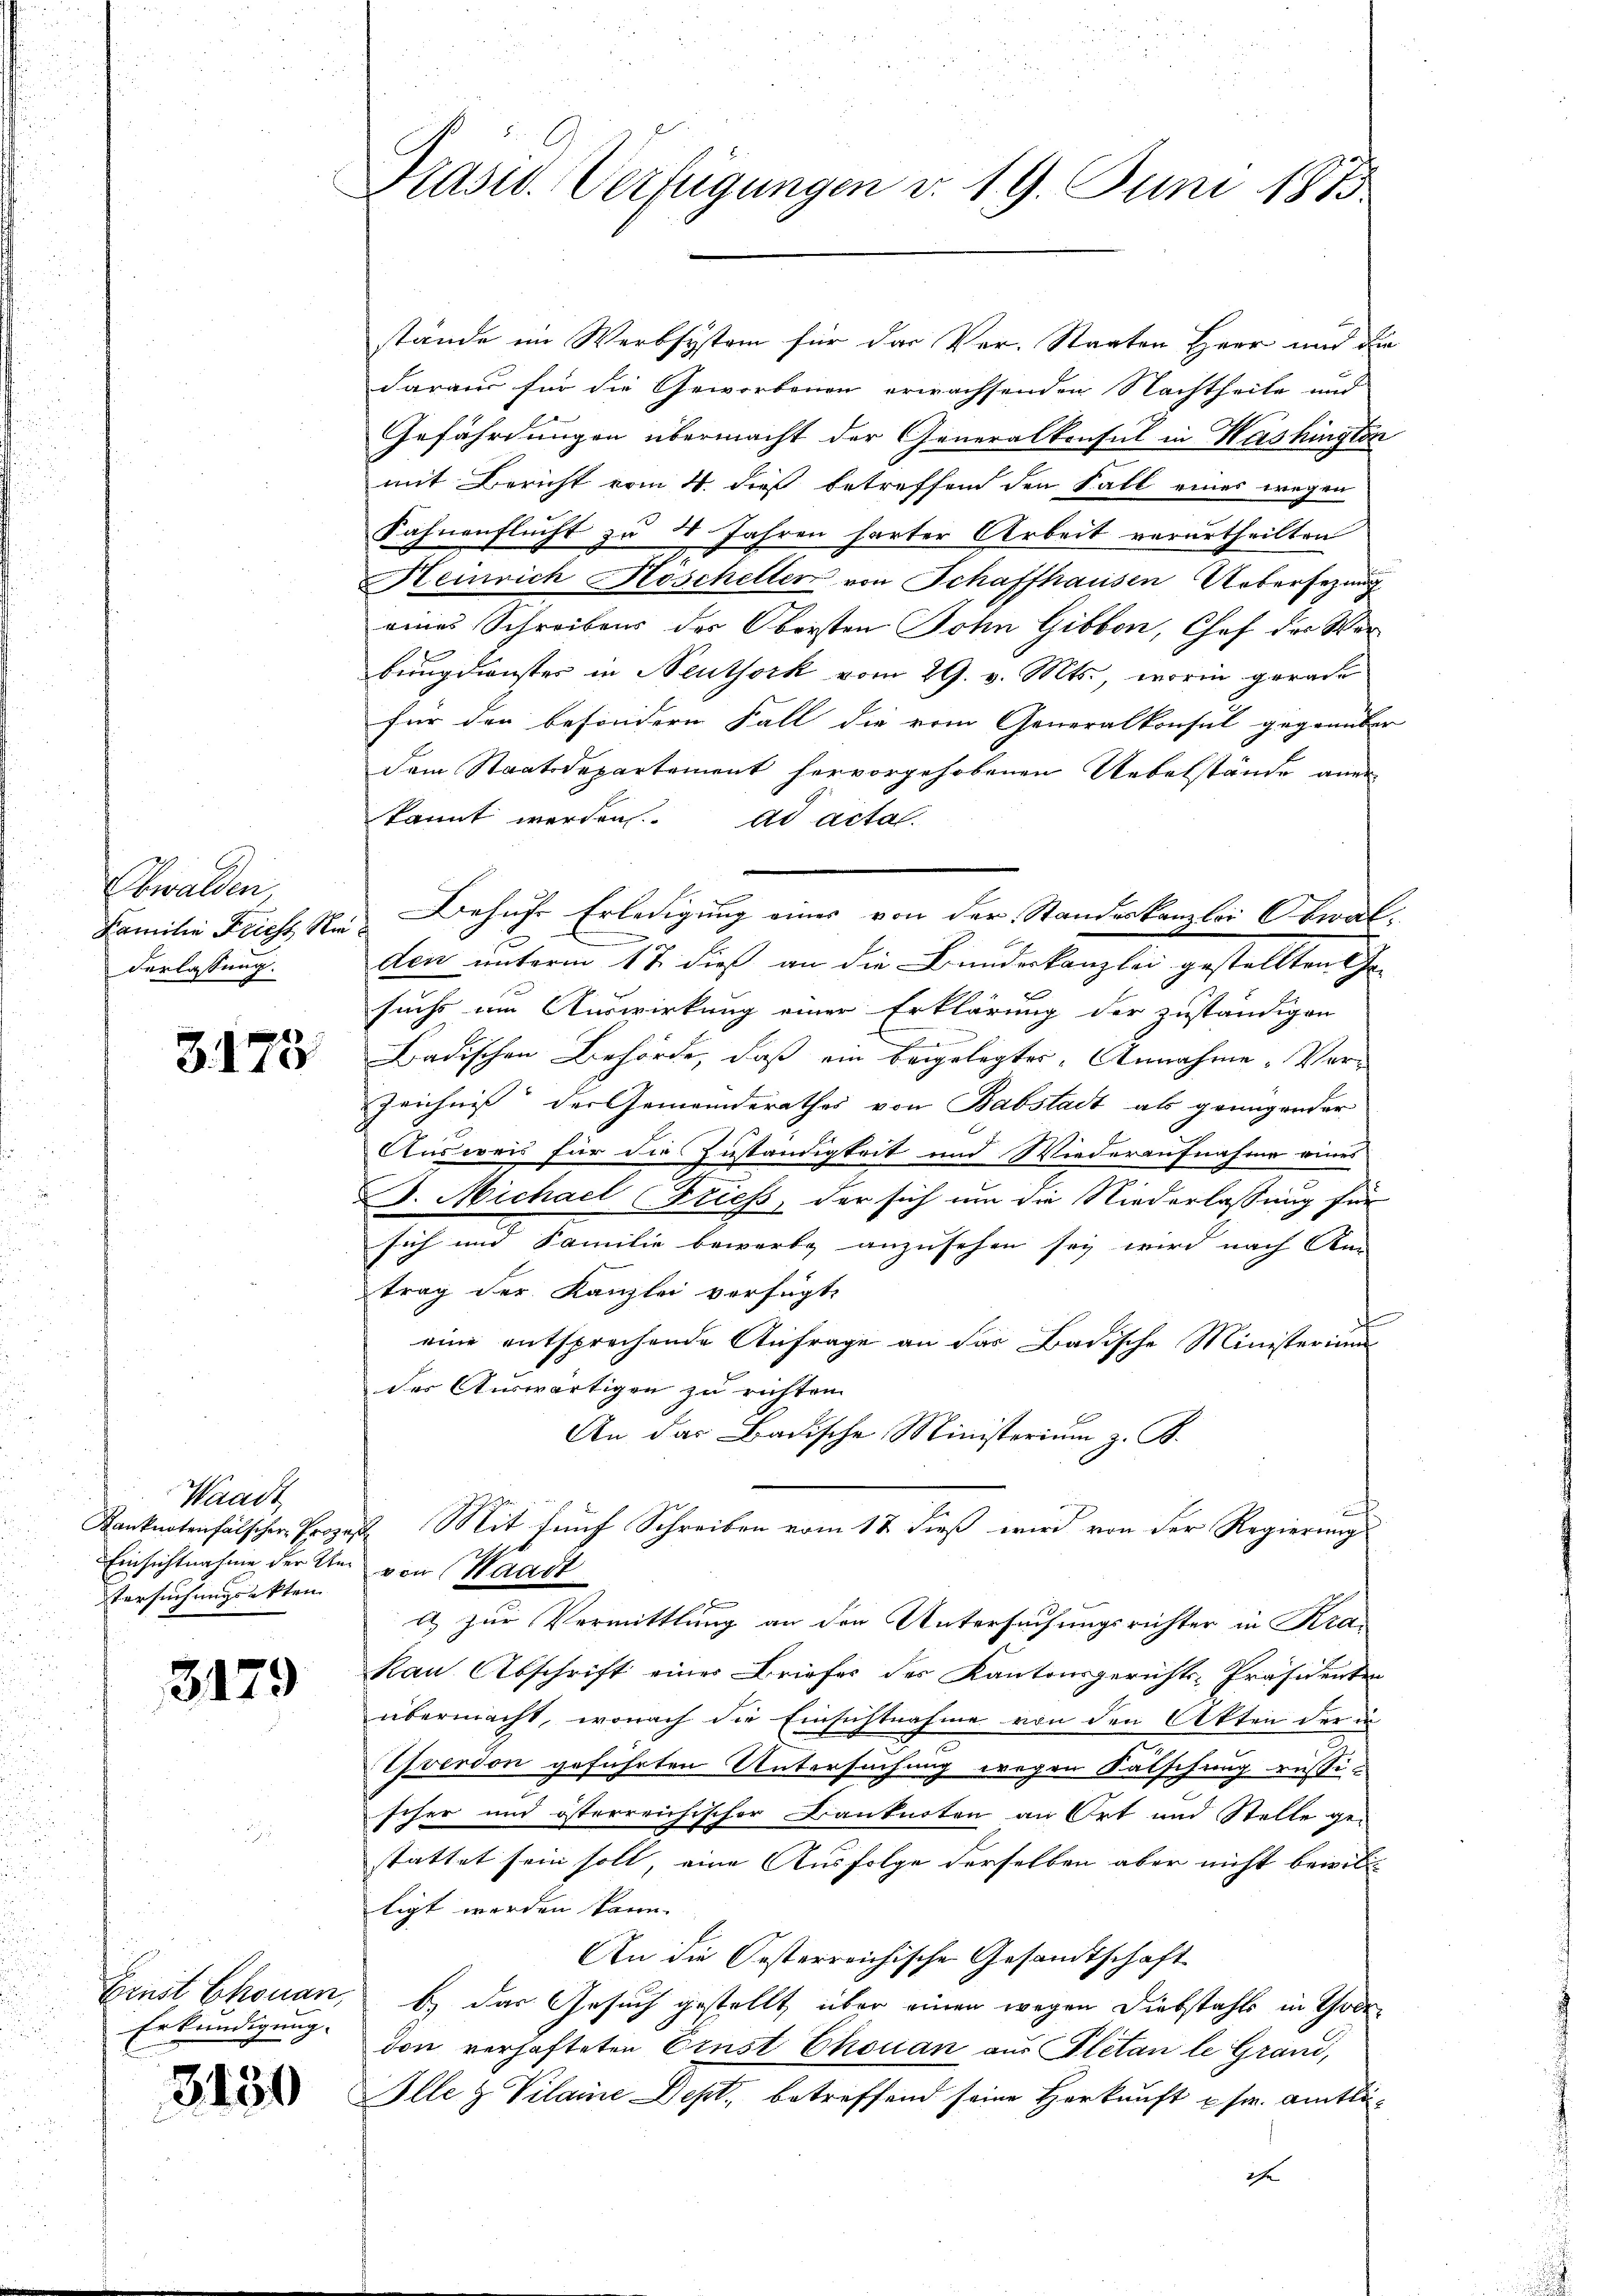
Obwalden
Familie Fricht Nie
Verlassung.

3173

Waadt
Einsichtnahme der Un¬
Versuchungsakten

3179

Ernst Chouan,
Erkundigung.

3130

9
Präsid. Verfügungen v. 19. Juni 1873.

stände im Werbsystem für das Ver-Staaten Herr und die
daraus für die Geworbenen erwachsenden Nachtheite und
Gefährdungen übermacht der Generalkonsul in Washington
mit Bericht vom 4. dieß betreffend den Fall eines wegen
Fahnenflucht zu 4 Jahren harter Arbeit verurtheilten
Heinrich Hoscheller von Schaffhausen Uebersezung
eines Schreibens des Obersten Sohn Gibbon, Chef der Wer
bung dienster in Neuthork vom 29. v. Mts., worin gerade
für den besondern Fall die vom Generalkonsul gegenüber
Dem Staatsdepartement hervorgehobenen Uebelstände aner
kannt werden. ad actal.
Behufs Erledigung einer von der Standeskanzlei Obwal¬
J
den unterm 11 dieß an die Bundeskanzlei gestellten Ge-
suchs um Auswirkung einer Erklärung der zuständigen

Badischen Behörde, daß ein beigelegtes Annahme „Ver¬
Zeichniß der Gemeinderathes von Babstadt als genügender
Ausweis für die Zuständigkeit und Wiederaufnahme eines
D. Michael Friess, der sich um die Niederlassung für
sich und Familie bewerbe anzusehen sey wird nach Ann
trag der Kanzlei verfügte
eine entsprechende Anfrage an das Badische Ministeriums
der Auswärtigen zu richten.
An das Badische Ministerium z. B.
Kanknotenfälscher Propos. Mit fünf Schreiben vom 17 dieß wird von der Regierung
von Waadt
u) zur Vermittlung an den Untersuchungsrichter in Kra
Kan Abschrift einer Briefes des Kantonsgerichts-Präsidenten
übermacht, wonach die Einsichtnahme von den Akten der in
Yverdon geführten Untersuchung wegen Fälschung ressischer und österreichischer Banknoten an Ort und Stelle ge-
stattet sein soll, eine Ausfolge derselben aber nicht bewill
ligt worden kann.
An die Oesterreichische Gesandtschaft
b) das Gesuch gestellt, über einen wegen Diebstahls in Tode
don verhafteten Ernst Chouan aus Pletan le Grand,
Alle & Vilaine Dept., betreffend seine Herkunft p fr. amtliihe